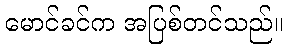
မောင်ခင်က အပြစ်တင်သည်။